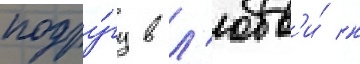
подру́гу в л'юбв'и́ к